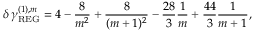
\delta \, \gamma _ { \mathrm { R E G } } ^ { ( 1 ) , m } = 4 - \frac { 8 } { m ^ { 2 } } + \frac { 8 } { ( m + 1 ) ^ { 2 } } - \frac { 2 8 } { 3 } \frac { 1 } { m } + \frac { 4 4 } { 3 } \frac { 1 } { m + 1 } ,